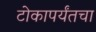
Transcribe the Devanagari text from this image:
टोकापर्यंतचा